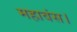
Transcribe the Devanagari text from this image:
महावंस।